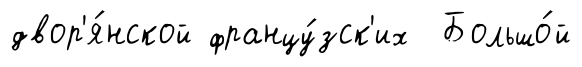
двор'я́нской францу́зск'их Большо́й